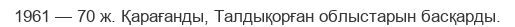
1961 — 70 ж. Қарағанды, Талдықорған облыстарын басқарды.